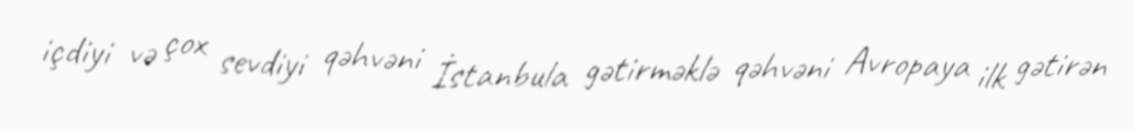
içdiyi və çox sevdiyi qəhvəni İstanbula gətirməklə qəhvəni Avropaya ilk gətirən